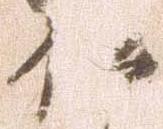
伊